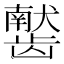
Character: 𫜰